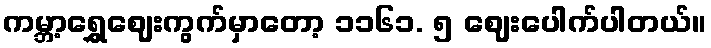
ကမ္ဘာ့ရွှေဈေးကွက်မှာတော့ ၁၁၆၁. ၅ ဈေးပေါက်ပါတယ်။